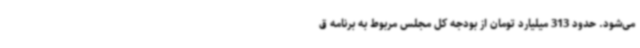
می‌شود. حدود 313 میلیارد تومان از بودجه کل مجلس مربوط به برنامه ق